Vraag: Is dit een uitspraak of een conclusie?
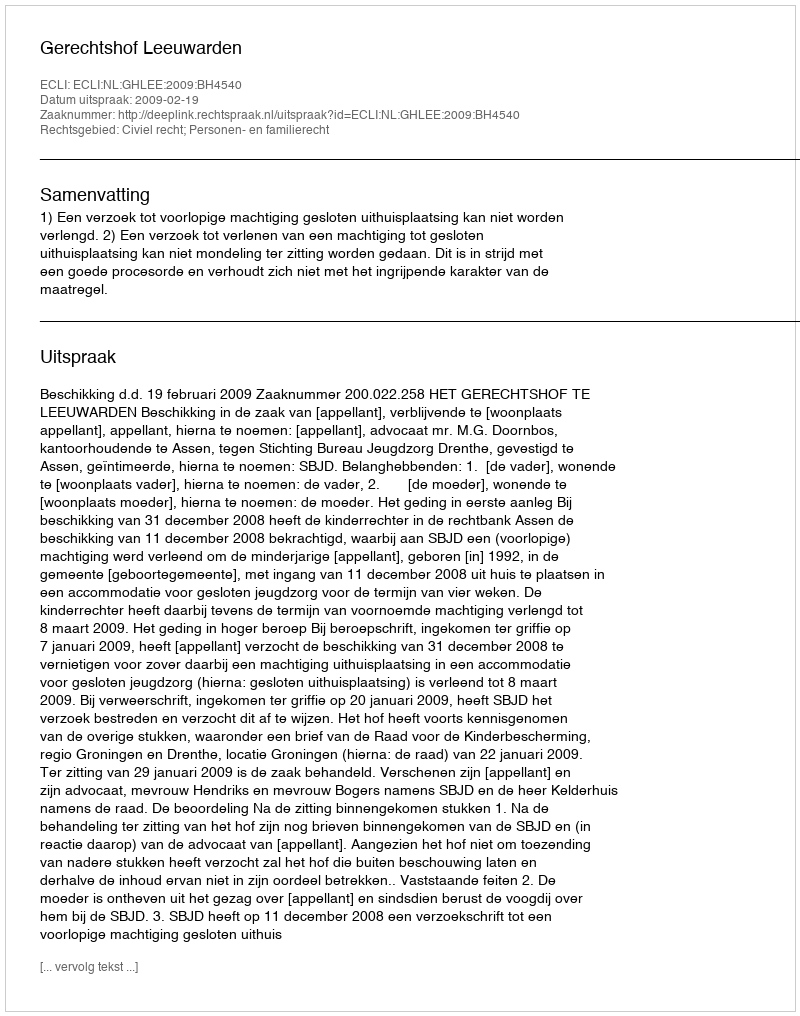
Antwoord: Uitspraak